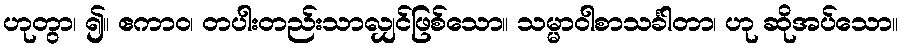
ဟုတွာ၊ ၍။ ဧကာဝ၊ တပါးတည်းသာလျှင်ဖြစ်သော။ သမ္မာဝါစာသင်္ခါတာ၊ ဟု ဆိုအပ်သော။